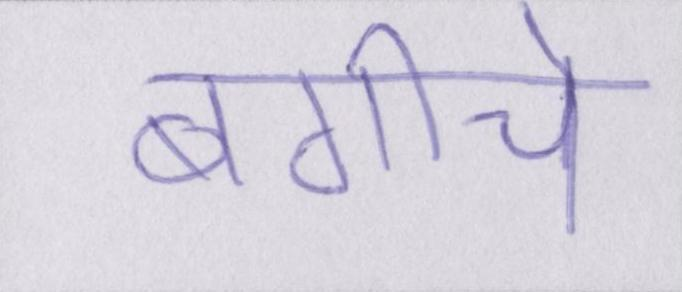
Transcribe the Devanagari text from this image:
बगीचे